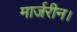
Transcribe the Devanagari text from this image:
मार्जरीन।